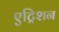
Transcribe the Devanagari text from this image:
एट्रिशन